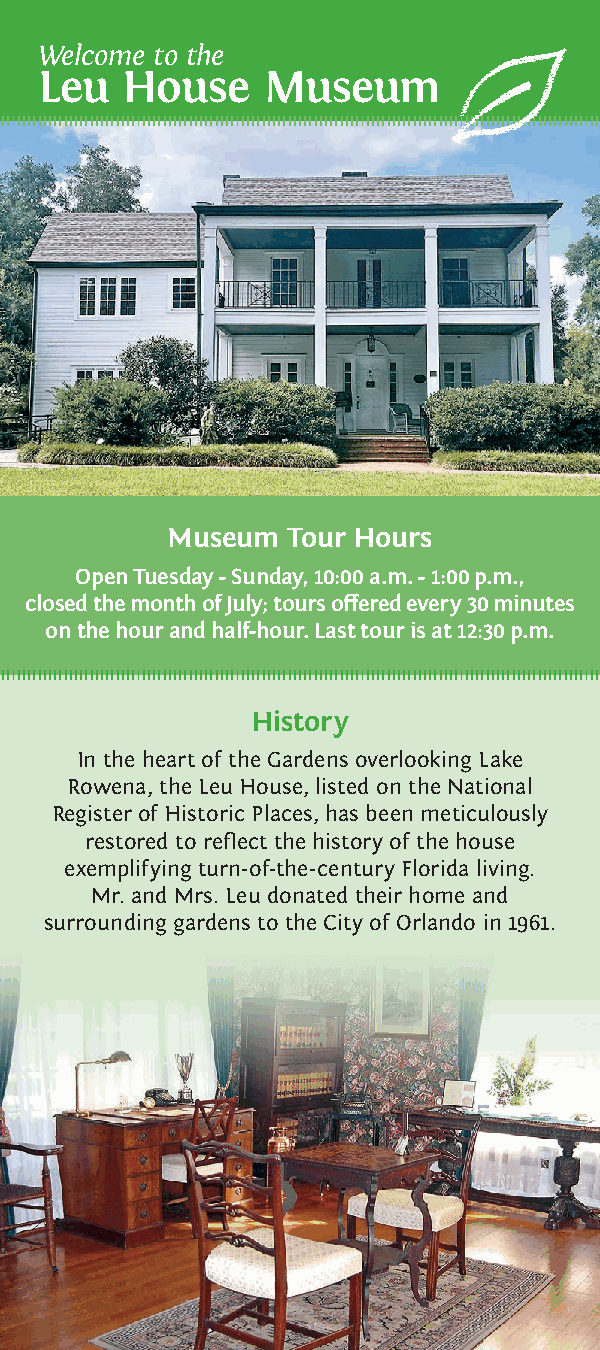
Welcome to the
 Leu   House    Museum
 Museum  Tour Hours
 Open Tuesday - Sunday, 10:00 a.m. - 1:00 p.m.,
 closed the month of July; tours offered every 30 minutes
 on the hour and half-hour. Last tour is at 12:30 p.m.
 History
 In the heart of the Gardens overlooking Lake
 Rowena, the Leu House, listed on the National
 Register of Historic Places, has been meticulously
 restored to reflect the history of the house
 exemplifying turn-of-the-century Florida living.
 Mr. and Mrs. Leu donated their home and
 surrounding gardens to the City of Orlando in 1961.